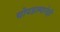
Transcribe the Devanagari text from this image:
चोपडल्यानेही